65_HS1-834228961_62-HQ-83894_Section_7
Agency: FBI
Page 22
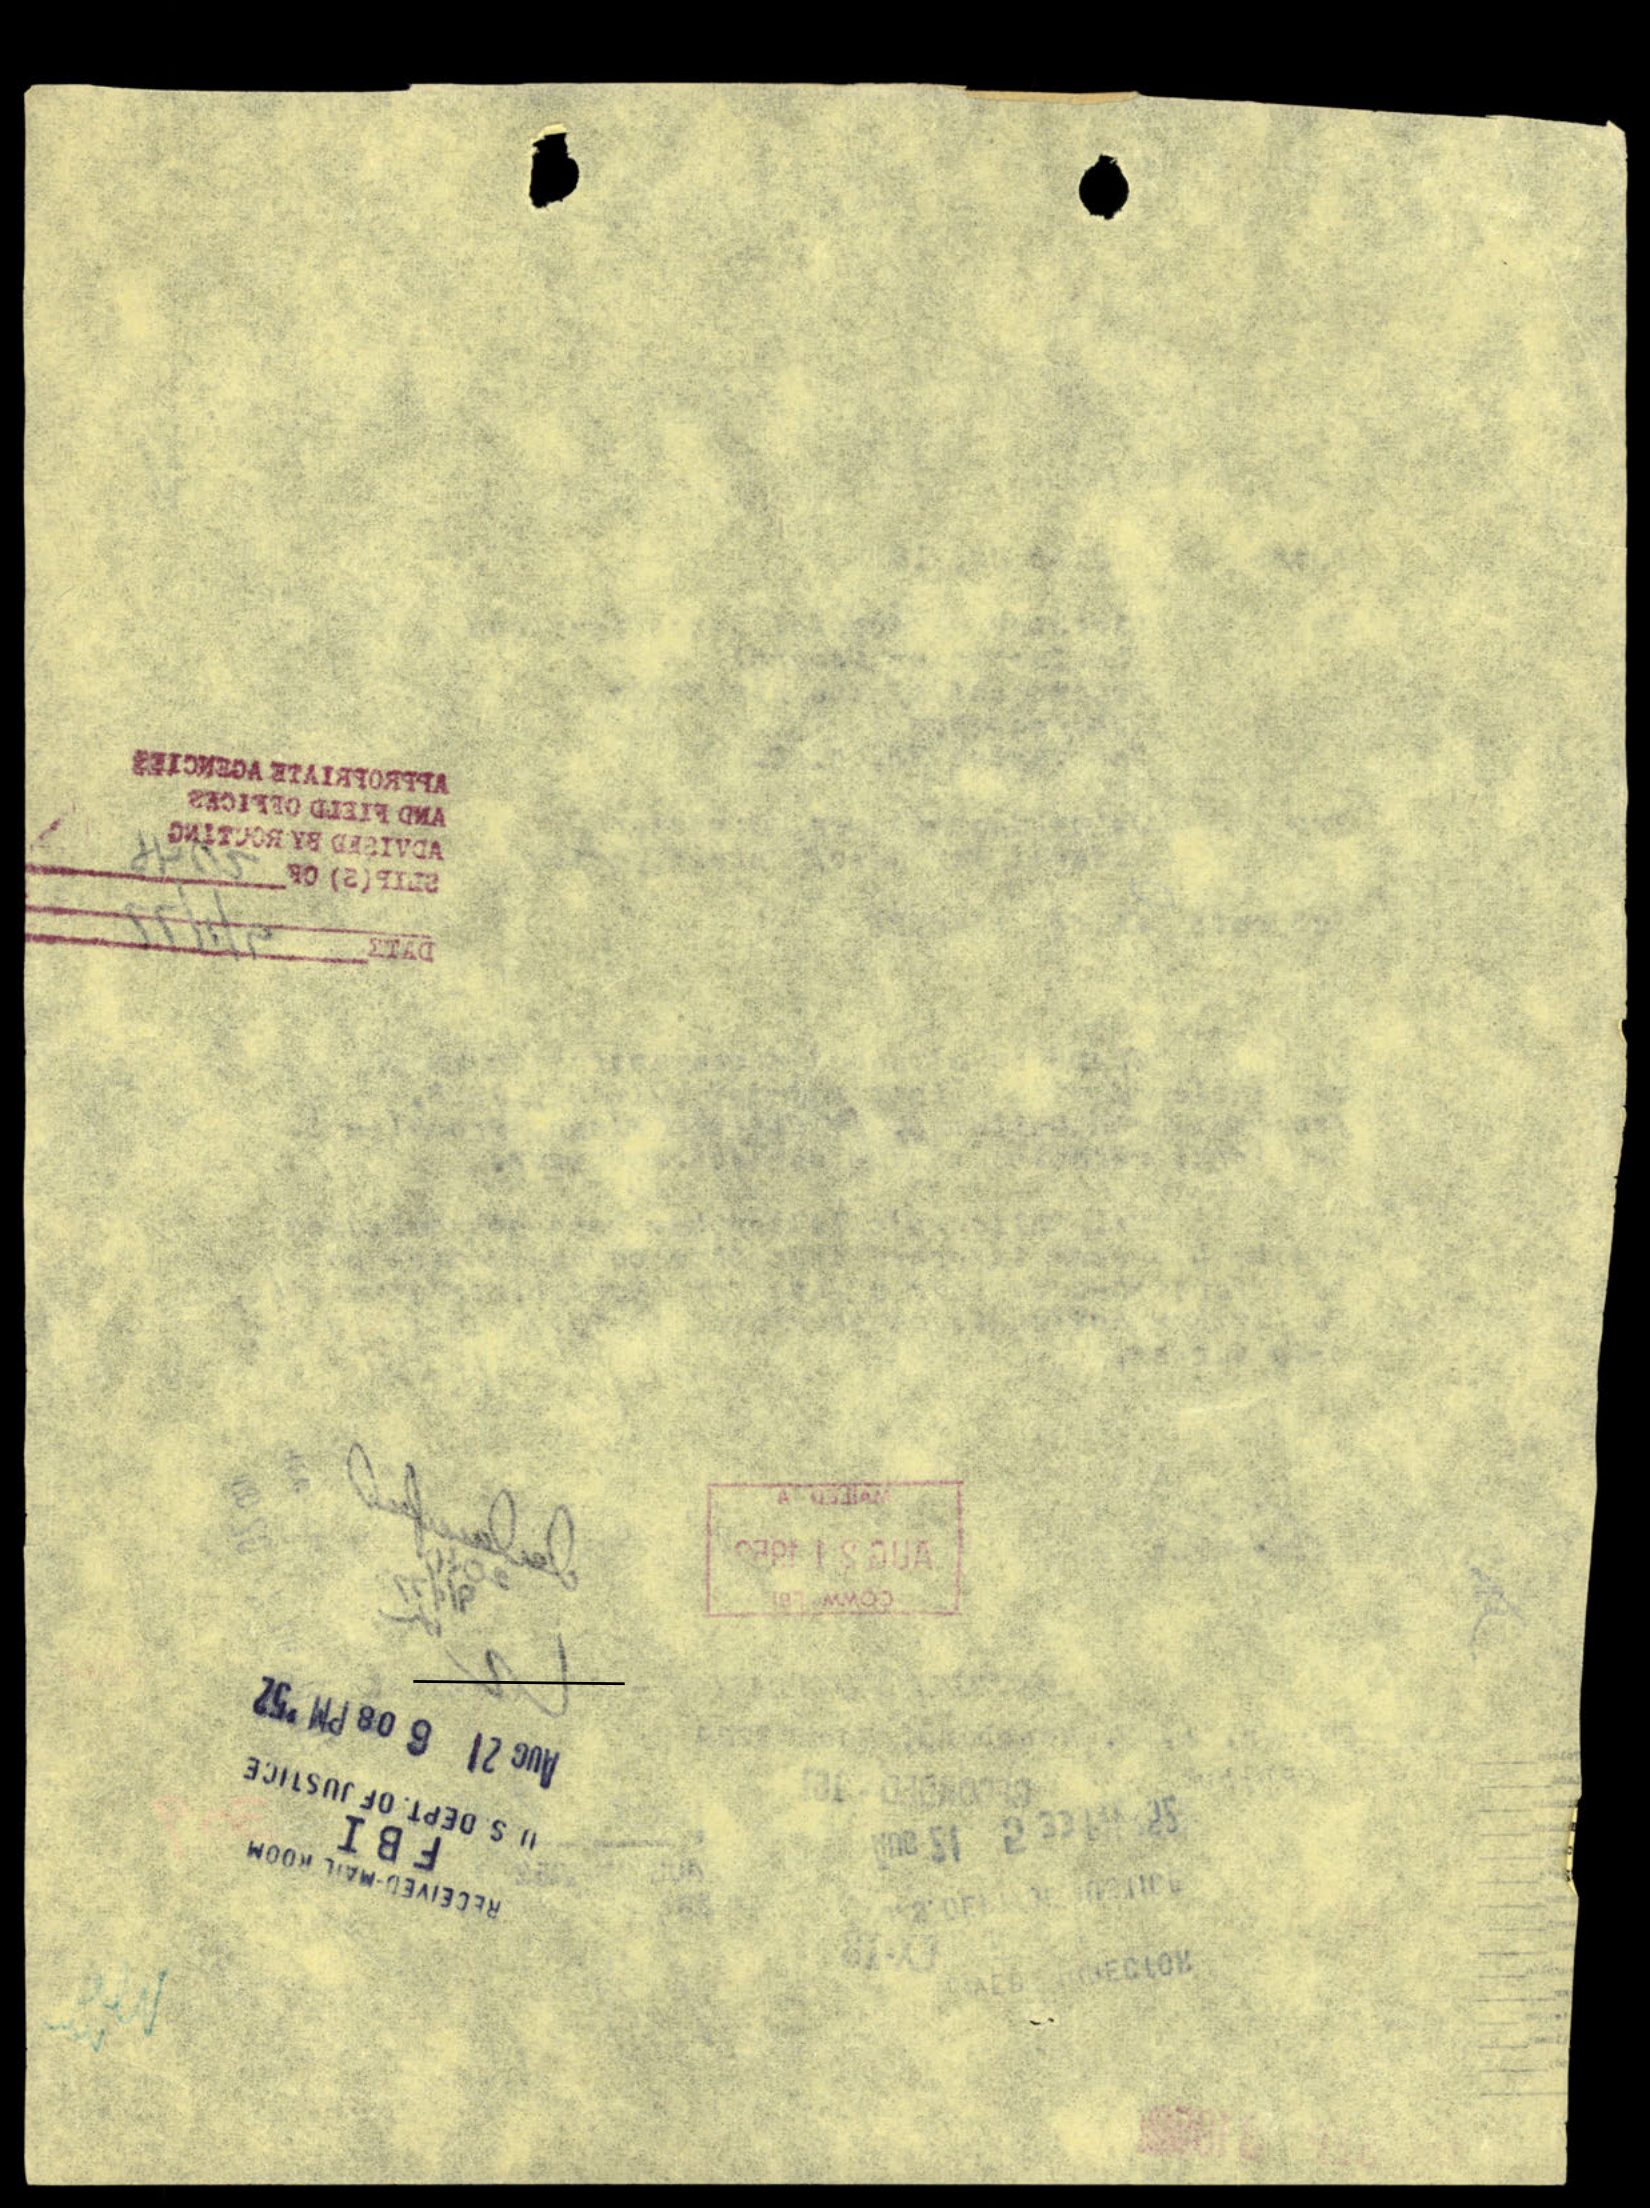